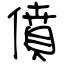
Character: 僨